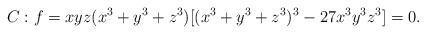
LaTeX: \begin{align*} C:f=xyz(x^3+y^3+z^3)[(x^3+y^3+z^3)^3-27x^3y^3z^3]=0.\end{align*}